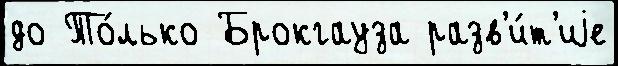
до То́лько Брокгауза разв'и́т'иjе